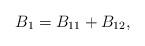
LaTeX: \begin{align*} B_1=B_{11}+B_{12},\end{align*}